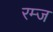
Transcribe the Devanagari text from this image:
रम्ज